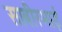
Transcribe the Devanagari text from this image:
साबीरभाई